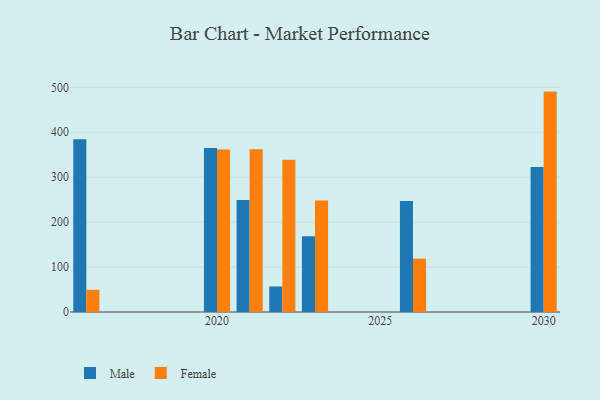
{"axis": {"x": "Year", "y": "Temperature (°C)"}, "legend": ["Female", "Male"], "data": [{"x": "2016", "y": 384.4, "type": "Male"}, {"x": "2016", "y": 49.5, "type": "Female"}, {"x": "2020", "y": 365.1, "type": "Male"}, {"x": "2020", "y": 361.5, "type": "Female"}, {"x": "2022", "y": 56.8, "type": "Male"}, {"x": "2022", "y": 338.9, "type": "Female"}, {"x": "2026", "y": 247.3, "type": "Male"}, {"x": "2026", "y": 118.7, "type": "Female"}, {"x": "2030", "y": 322.7, "type": "Male"}, {"x": "2030", "y": 490.5, "type": "Female"}, {"x": "2021", "y": 249.0, "type": "Male"}, {"x": "2021", "y": 362.1, "type": "Female"}, {"x": "2023", "y": 168.5, "type": "Male"}, {"x": "2023", "y": 248.4, "type": "Female"}]}